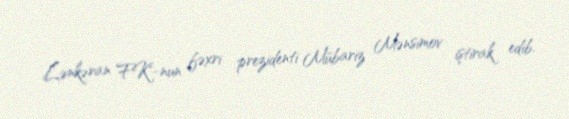
Lənkəran FK"-nun fəxri prezidenti Mübariz Mənsimov iştirak edib.